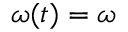
\omega ( t ) = \omega